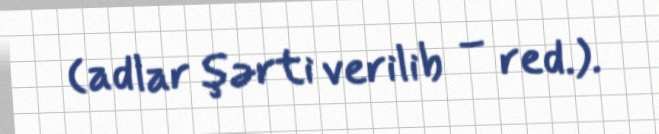
(adlar şərti verilib – red.).